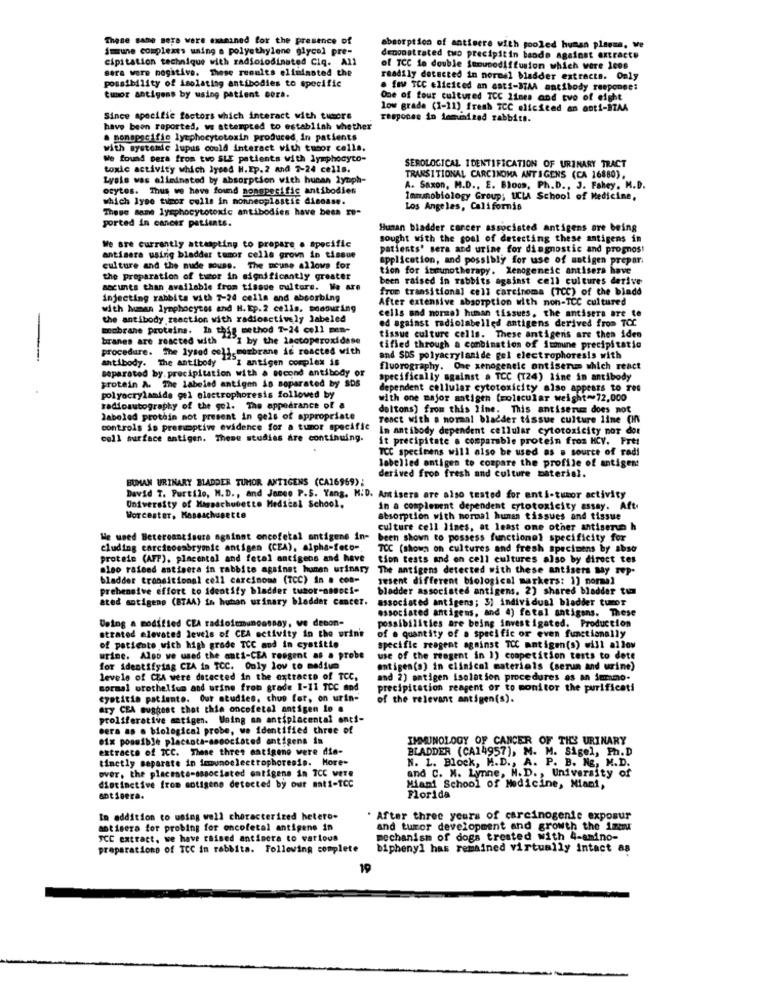
These same Bers were examined for the presence of
imune complexes using a polyethylene glycol pre-
absorption of antisere with pooled human plasma, we
cipitation technique with radioiodinated Ciq. All
demonstrated two precipitin bando against extracte
sera were negative. These results eliminated the
of TCC ie double Somunodiffusion which were 1cos
readily detected in normal bladder extracts. Only
possibility of isolating antibodies to specific
. fay TCC elicited an anti-STAA antibody responses
tumor antigens by using patient cora.
One of four cultured TCC 21mes and tvo of eight
low grade (1-11) fresh TCC elicited an anti-STAA
Since specific factors which interact with tumors
response in tomumitad rabbits.
have been reported, we attempted to establish whether
. monspecific lymphocytetoxin produced, in patients
with systemie lupus could interact with tumor cells.
We found pera from two SLE patients with lymphocyto-
toxic activity which lysed H.Ep.2 and 3-24 cells.
SEROLOGICAL IDENTIFICATION OF URINARY TRACT
Lysis was eliminated by absorption with hunan lynph-
TRANSITIONAL CARCINOMA ANTIGENS (CA 16880).
ocytes. Thus we have found nonspecific antibodies
A. Saxon, M.D ., E. Bloos, Ph.D ., J. Fahey, M.D.
which lyso tumor cells in nonneoplastic disease.
Immunobiology Group; LLA School of Medicine,
These Bane lymphocytotoxic antibodies have been re-
Los Angeles, California
ported in cancer patients.
Human bladder cancer associated antigens are being
sought with the goal of detecting these antigens in
We are currently attempting to prepare a specific
patients' sera and urine for diagnostic and prognos!
antisera using bladder tumor cells grown in tissue
application, and possibly for use of sstigen prepari
culture and the nude mouse. The meune allows for
tion for immunotherapy. Xenogeneic antisera have
the preparation of tutor in significantly greater
been raised in rabbits against cell cultures derive
aocunts than available from tissue culture. We are
from transitional cell carcinoma (TCC) of the bladd
injecting rabbits with 7-24 cells and absorbing
After extensive absorption with non-TCC cultured
with human lymphocytes and H. Ep.2 cells. soosuring
the antibody reaction with radioactively labeled
cells and normal human tissues, the antisera are te
membrane proteins. In this method T-24 cell men-
ed against radiolabelled antigens derived from TCC
branes are reacted with "I by the lactoperoxidase
tissue culture cells. These antigens are then iden
1-membrane is roacted with
tified through a combination of immine precipitatio
antibody. The antibody "I antigen complex is
and SDS polyacrylanide gel electrophoresis with
separated by. precipitation with & second antibody or
fluorography. One xtnogenele ontiserum which react
protein A. The labeled antigen is separated by SDS
specifically against a TCC (124) line in antibody
dependent cellular cytotoxicity also appears to Tes
polyacrylamide gel electrophoresis followed by
with one major antigen [rolicular weight~72,000
radioautography of the gel. The appearance of a
deltons) from this line. This antiserum does not
labeled protein not present in gels of appropriate
Tenct with a normal bladder tissue culture line CI
controls is premoptiwe evidence for a tumor specific
In antibody dependent cellular cytotoxicity nor dor
coll surface antigen. These studies are continuing.
it precipitate a comparable protein fros HCV. Pres
TCC specimens will also be used as . source of radi
derived from fresh and culture material.
labelled antigen to compare the profile of antigen
BUMAN URINARY BLADDER TUMOR ANTIGENS (CA16969);
David T. Purtilo, M.D ., and James P.S. Yang, M.D. Antisera are also tested for anti-tumor activity
University of Massachusetts Medical School,
in a complement dependent cytotoxicity assay. Aft.
Worcester, Massachusette
absorption with normal human tissues and tissue
culture cell lines, at least one other antisera h
We used Beteroantisure against oncefetal antigens in- been shown to possess functionel specificity for
eluding carcinoembryonic antigen (CEA), alpha-feto".
TCC (shown on cultures and fresh specimens by abso
protele (AFF), placental and fetal antigens and have
protein (AFF), placental and fetal antigens and have tion tests and on cell cultures also by direct tes
also rafeed antisera in rabbite against human urinary The antigens detected with these antisers My Top-
The antigens detected with these antisers my rep.
bladder transitional cell carcinoma (TCC) in . con-
sesent different biological markers: 1) normal
prebensive effort to identify bladder tumor-associ-
bladder associated antigens. 2) shared bladder tum
ated antigene (BTAA) in human urinary bladder cancer.
associated antigens; 3) individual bladder tumor
associated antigens, and 4) fetal antigens. These
strated elevated levels of CEA activity in the urine
Doing a modified CEA radioimmunoassay, ve decon-
of . quantity of a specific or even functismally
possibilities are being investigated. Production
of patiente with high grade TCC and in cystitis
specific reagent against TCC mntigen(s) will allow
urine. Also we used the anti-CEA resgent as a probe
use of the reagent in 1) competition tests to dete
for identifying CZA in TCC. Only lov to medium
antigen(s) in clinical materials (serum and wine)
levels of CZA were detected in the extracto of TCC,
and 2) antigen isolation procedures as an immo.
sormal brothelium and urine from grade 1-11 TCC and
precipitation reagent or to monitor the purificati
eyetitin patiente. Our studies, chop for, on urin-
of the relevant antigen(s).
ary CEA suggest that this oncofetal antigen le .
proliferative matigen. Waing an antiplacental anti-
Gera as . biological probe, we identified three of
ofx possible placenta-associated antigens in
IMMUNOLOGY OF CANCER OF THE URINARY
extracto of TCC. These thres antigene were die-
BLADDER (CA14957), M. M. Sigel, Ph.D
tinctly separate in immunoelectrophoresis. More-
N. L. Block, H.D ., A. P. B. Ng, M.D.
over, the placente-associated ontigens in TCC were
and C. W. Lynne, M. D ., University of
distinctive from motigeno detected by our mat1-TCC
Miami School of Medicine, Miani,
Florida
In addition to using well characterized hetero-
. After three years of carcinogenic exposur
antisera for probing for oncofetal antigene in
and turor development and growth the 1meu
FCC extract, we have raised antisera to various
mechanism of dogs treated with 4-amino-
preparationp of TCC in rabbita. Following complete
biphenyl has remained virtually intact as